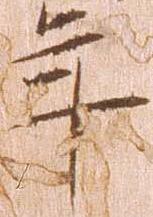
年